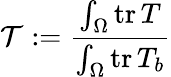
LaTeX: \mathcal{T}:=\frac{\int_{\Omega}\mathrm{tr}\, T}{\int_{\Omega}\mathrm{tr}\, T_{b}}